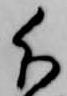
分